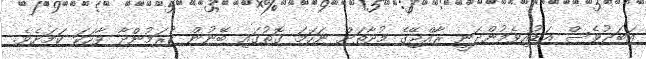
އަބަދުވެސް އަޑުއިވެމުންދަނީ ރާއްޖޭގެ މުދާތަށް ނަހަމަ ގޮތުގައި ބޭނުން ކުރަމުންދާ ވާހަކަ ކަމަަށެވެ.